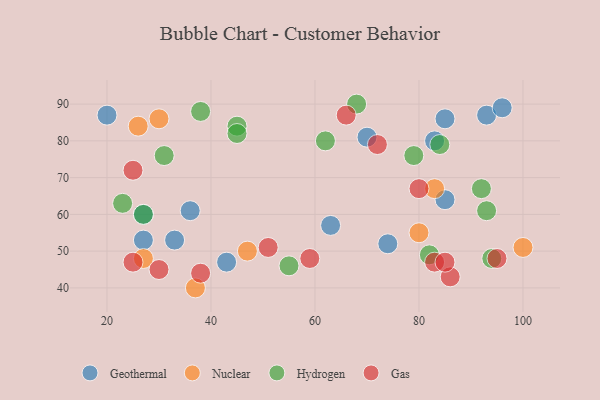
{"axis": {"x": "GDP", "y": "Life Expectancy"}, "legend": ["Gas", "Geothermal", "Hydrogen", "Nuclear"], "data": [{"x": "36", "y": 61, "type": "Geothermal"}, {"x": "43", "y": 47, "type": "Geothermal"}, {"x": "20", "y": 87, "type": "Geothermal"}, {"x": "93", "y": 87, "type": "Geothermal"}, {"x": "27", "y": 60, "type": "Geothermal"}, {"x": "63", "y": 57, "type": "Geothermal"}, {"x": "74", "y": 52, "type": "Geothermal"}, {"x": "96", "y": 89, "type": "Geothermal"}, {"x": "85", "y": 64, "type": "Geothermal"}, {"x": "83", "y": 80, "type": "Geothermal"}, {"x": "70", "y": 81, "type": "Geothermal"}, {"x": "33", "y": 53, "type": "Geothermal"}, {"x": "27", "y": 53, "type": "Geothermal"}, {"x": "85", "y": 86, "type": "Geothermal"}, {"x": "80", "y": 55, "type": "Nuclear"}, {"x": "30", "y": 86, "type": "Nuclear"}, {"x": "83", "y": 67, "type": "Nuclear"}, {"x": "100", "y": 51, "type": "Nuclear"}, {"x": "26", "y": 84, "type": "Nuclear"}, {"x": "47", "y": 50, "type": "Nuclear"}, {"x": "37", "y": 40, "type": "Nuclear"}, {"x": "27", "y": 48, "type": "Nuclear"}, {"x": "68", "y": 90, "type": "Hydrogen"}, {"x": "55", "y": 46, "type": "Hydrogen"}, {"x": "93", "y": 61, "type": "Hydrogen"}, {"x": "45", "y": 84, "type": "Hydrogen"}, {"x": "94", "y": 48, "type": "Hydrogen"}, {"x": "79", "y": 76, "type": "Hydrogen"}, {"x": "31", "y": 76, "type": "Hydrogen"}, {"x": "82", "y": 49, "type": "Hydrogen"}, {"x": "84", "y": 79, "type": "Hydrogen"}, {"x": "27", "y": 60, "type": "Hydrogen"}, {"x": "45", "y": 82, "type": "Hydrogen"}, {"x": "92", "y": 67, "type": "Hydrogen"}, {"x": "23", "y": 63, "type": "Hydrogen"}, {"x": "38", "y": 88, "type": "Hydrogen"}, {"x": "62", "y": 80, "type": "Hydrogen"}, {"x": "95", "y": 48, "type": "Gas"}, {"x": "38", "y": 44, "type": "Gas"}, {"x": "80", "y": 67, "type": "Gas"}, {"x": "30", "y": 45, "type": "Gas"}, {"x": "86", "y": 43, "type": "Gas"}, {"x": "59", "y": 48, "type": "Gas"}, {"x": "72", "y": 79, "type": "Gas"}, {"x": "25", "y": 72, "type": "Gas"}, {"x": "83", "y": 47, "type": "Gas"}, {"x": "85", "y": 47, "type": "Gas"}, {"x": "51", "y": 51, "type": "Gas"}, {"x": "66", "y": 87, "type": "Gas"}, {"x": "25", "y": 47, "type": "Gas"}]}